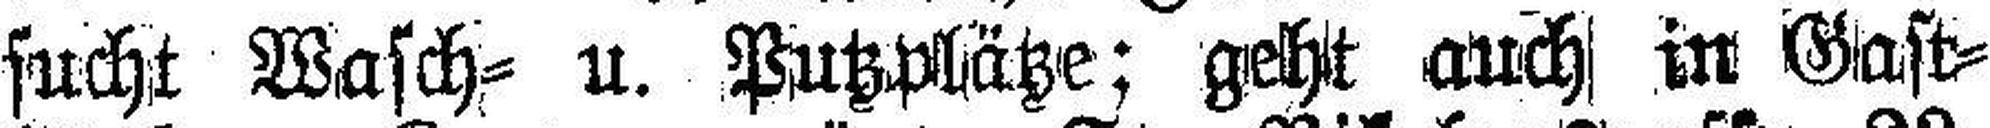
sucht Wasch= u. Putzplätze; geht auch in Gast¬